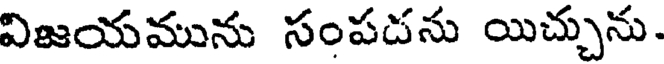
విజయమును సంపదను యిచ్చును.